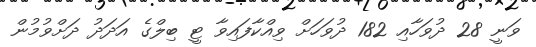
ވަނީ 28 ދުވަހާއި 182 ދުވަހަށް ވިއްކާފައިވާ ޓީ ބިލްގެ އަދަދު ދަށްވުމުން